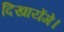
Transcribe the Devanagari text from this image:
दिखायेंगे।